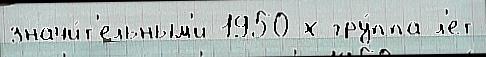
значи́т'ельным'и 1950-х гру́ппа л'ет